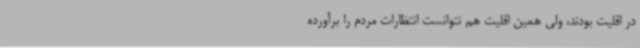
در اقلیت بودند، ولی همین اقلیت هم نتوانست انتظارات مردم را برآورده